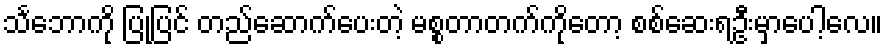
သင်္ဘောကို ပြုပြင် တည်ဆောက်ပေးတဲ့ မစ္စတာတက်ကိုတော့ စစ်ဆေးရဦးမှာပေါ့လေ။